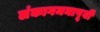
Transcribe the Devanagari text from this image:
लंकागमनापूर्वी